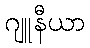
ဂျူနီယာ